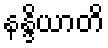
နန္ဒိယာတိ